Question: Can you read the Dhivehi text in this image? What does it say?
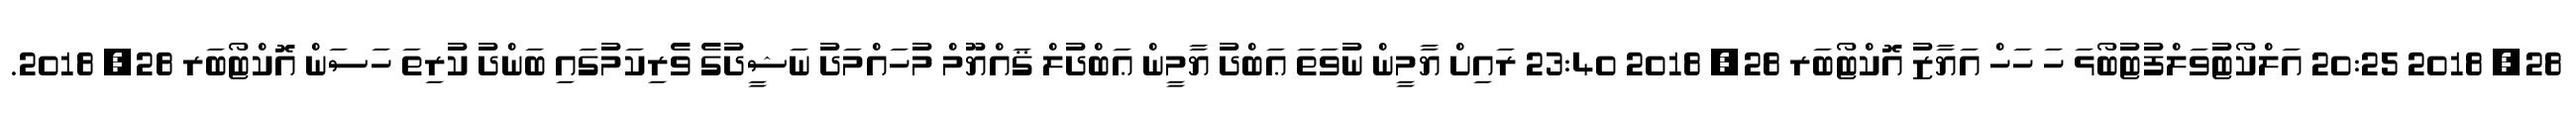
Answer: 28, 2018 20:25 އަލްކޯޓުވަލްފުޓުބޯޅަ ހަ ހަހް އަޔާޒު އޮކްޓޯބަރ 28, 2018 23:40 ރައިށް ޔާމީން ނުވަތަ ޢަބްދު ޔާމީން ޢަބްދުލް ޤައްޔޫމް މުހައްމަދު ނަޝީދުގެ ވެރިކަމުގައި ބަންދު ކުރިތަ ހަސަން އޮކްޓޯބަރ 28, 2018.